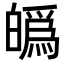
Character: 𤾡